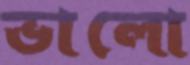
ভালো